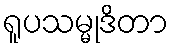
ရူပသမ္မုဒိတာ